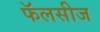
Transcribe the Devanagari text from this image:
फॅलसीज